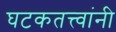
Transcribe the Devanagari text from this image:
घटकतत्त्वांनी